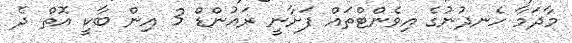
މާދަމާ ހެނދުނުގެ އިވެންޓްތައް ފަށާނީ ރައުންޑް 3 އިން ބާކީ އޮތް ދެ